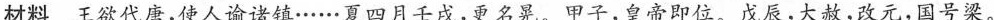
材料 王欲代唐，使人谕诸镇……夏四月壬戌，更名晃。甲子，皇帝即位。戊辰，大赦，改元，国号梁。